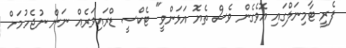
ފެރީ ޓާމިނަލްގައި އޮވެގެން ވެސް ތެޔޮ އަޅަންވީ" ޓެކްސީ ޑްރައިވަރެއް ނަން ނުޖެހުމަށް